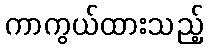
ကာကွယ်ထားသည့်